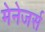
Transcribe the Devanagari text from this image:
मेनेजर्स